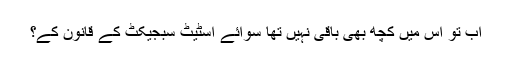
اب تو اس میں کچھ بھی باقی نہیں تھا سوائے اسٹیٹ سبجیکٹ کے قانون کے؟